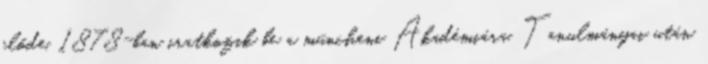
előde. 1878-ban iratkozik be a müncheni Akadémiára. Tanulmányai után